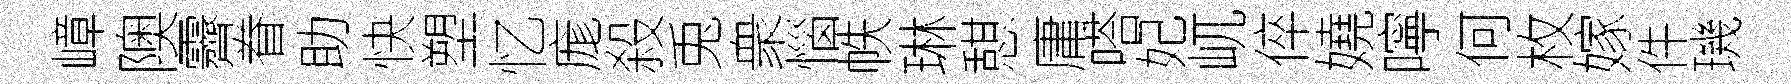
嶂隩霽眷助快塑忆庬殺兎衆惱帙琳憇庸嗒妃屼倅嬈嚀何枚嫁件璣